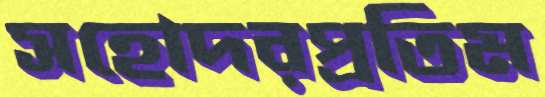
সহোদরপ্রতিম